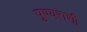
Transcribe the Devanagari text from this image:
पुण्यराशी